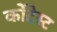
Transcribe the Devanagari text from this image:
कोंटेस्ट